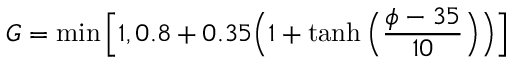
G = \operatorname* { m i n } \Big [ 1 , 0 . 8 + 0 . 3 5 \Big ( 1 + \operatorname { t a n h } \Big ( \frac { \phi - 3 5 } { 1 0 } \Big ) \Big ) \Big ]